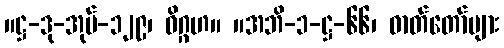
။ဋ္ဌ-ဒု-အုပ်-၁၂၉၊ ဝိဂ္ဂဟ။ ။အဘိ-၁-ဋ္ဌ-၆၆၊ ဓာတ်တော်များ